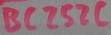
Text: BC252C